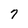
Character: 7